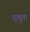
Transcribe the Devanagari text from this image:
दादूला